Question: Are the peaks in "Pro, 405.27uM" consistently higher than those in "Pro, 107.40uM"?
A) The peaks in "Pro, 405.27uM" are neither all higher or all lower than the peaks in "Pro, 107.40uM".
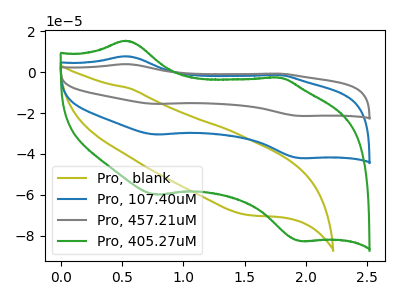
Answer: <think>The olive curve "Pro,  blank" has no peaks. The blue curve "Pro, 107.40uM" has anodic peaks at (0.55V, 7.90uA) (1.75V, -1.30uA) and cathodic peaks at (0.80V, -30.50uA) (1.95V, -42.10uA). The gray curve "Pro, 457.21uM" has anodic peaks at (0.55V, 15.75uA) (1.75V, -2.60uA) and cathodic peaks at (0.80V, -61.00uA) (1.95V, -84.15uA). The green curve "Pro, 405.27uM" has anodic peaks at (0.55V, 15.50uA) (1.75V, -2.55uA) and cathodic peaks at (0.80V, -59.95uA) (1.95V, -82.75uA).</think>
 <answer>A) The peaks in "Pro, 405.27uM" are neither all higher or all lower than the peaks in "Pro, 107.40uM".</answer>
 <eval>A</eval>